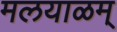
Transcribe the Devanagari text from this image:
मलयाळम्‌